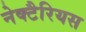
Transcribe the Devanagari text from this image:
नेक्टैरियस